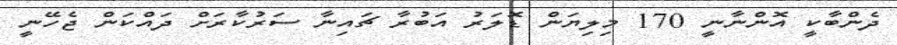
ދެންބާކީ އޮންނާނީ 170 މިލިޔަން ޑޮލަރު އަބުރާ ޗައިނާ ސަރުކާރަށް ދައްކަން ޖެހޭނީ